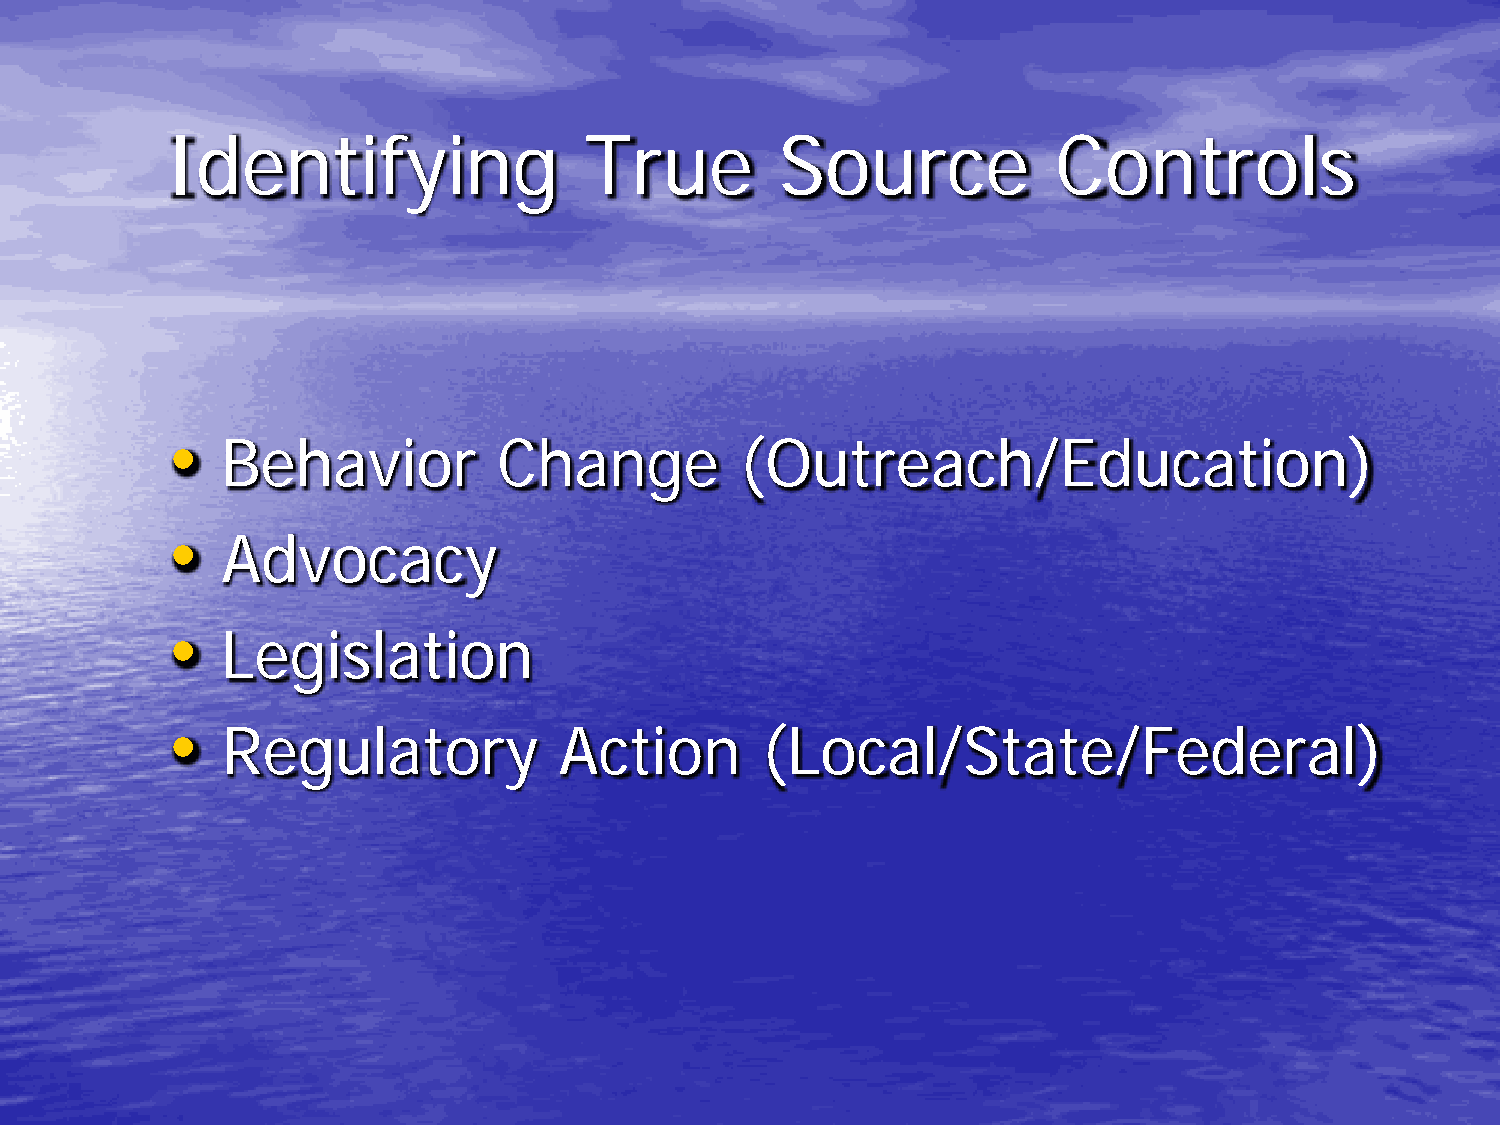
Identifying                 True         Source            Controls
 •
 Behavior          Change          (Outreach/Education)
 •
 Advocacy
 •
 Legislation
 •
 Regulatory            Action       (Local/State/Federal)